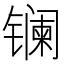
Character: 镧